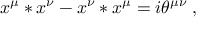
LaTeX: x ^ { \mu } * x ^ { \nu } - x ^ { \nu } * x ^ { \mu } = i \theta ^ { \mu \nu } \; ,